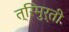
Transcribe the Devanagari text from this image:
त्रिमुर्ती